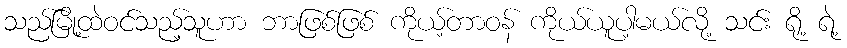
သည်မြို့ထဲဝင်သည့်သူဟာ ဘာဖြစ်ဖြစ် ကိုယ့်တာဝန် ကိုယ်ယူပါ့မယ်လို့ သင်း ရို့ ရဲ့